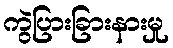
ကွဲပြားခြားနားမှု